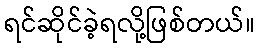
ရင်ဆိုင်ခဲ့ရလို့ဖြစ်တယ်။